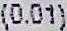
(0.01)